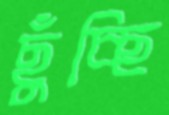
ছুঁচ্ছি